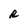
Character: R